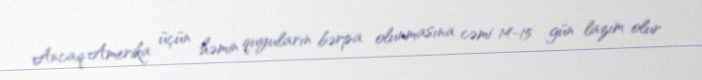
Ancaq Amerika üçün həmin quyuların bərpa olunmasına cəmi 14-15 gün lazım olur